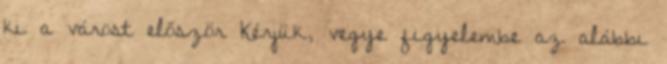
ki a várost először Kérjük, vegye figyelembe az alábbi